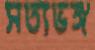
সত্যভঙ্গ